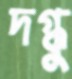
দগ্ধু